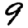
Digit: 9